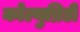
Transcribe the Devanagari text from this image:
कोल्युब्रिडी